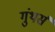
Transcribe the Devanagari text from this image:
गुंथर्स